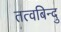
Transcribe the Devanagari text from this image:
तत्वबिन्दु